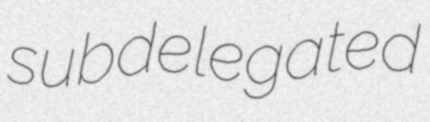
subdelegated